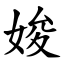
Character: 㛖